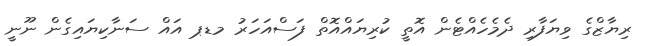
ރިޔާޒްގެ ވިޔަފާރި ދެމެހެއްޓެން އޮތީ ކުރިޔައްއޮތް ފަސްއަހަރު މޑޕ އައް ސަނާކިޔައިގެން ނޫނީ